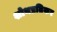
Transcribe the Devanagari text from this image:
शोथप्रतिकर